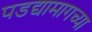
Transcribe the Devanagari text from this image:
पडद्यामागच्या